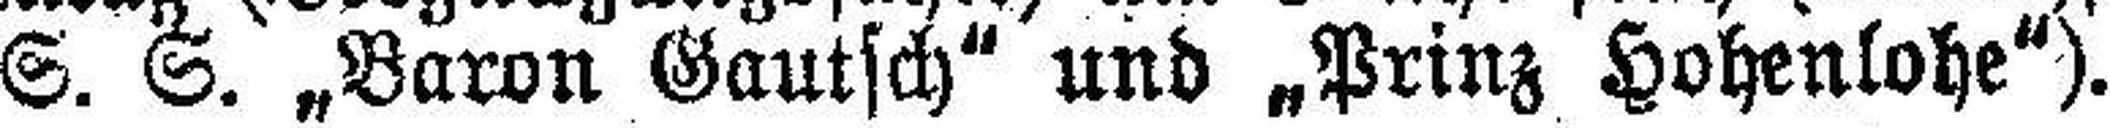
S. S. „Baron Gautsch" und „Prinz Hohenlohe").